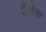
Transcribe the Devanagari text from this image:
हैलेक